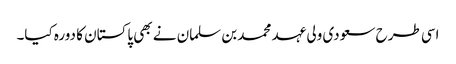
اسی طرح سعودی ولی عہد محمد بن سلمان نے بھی پاکستان کا دورہ کیا۔